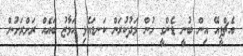
އެޗްޕީއޭ އިން ބުނީ ޑެންގީ ހުން މަދުކުރަން ކަނޑައެޅި އަމާޒު ބައެއް ރަށްރަށުން